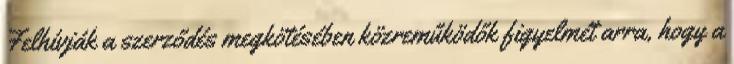
Felhívják a szerződés megkötésében közreműködők figyelmét arra, hogy a